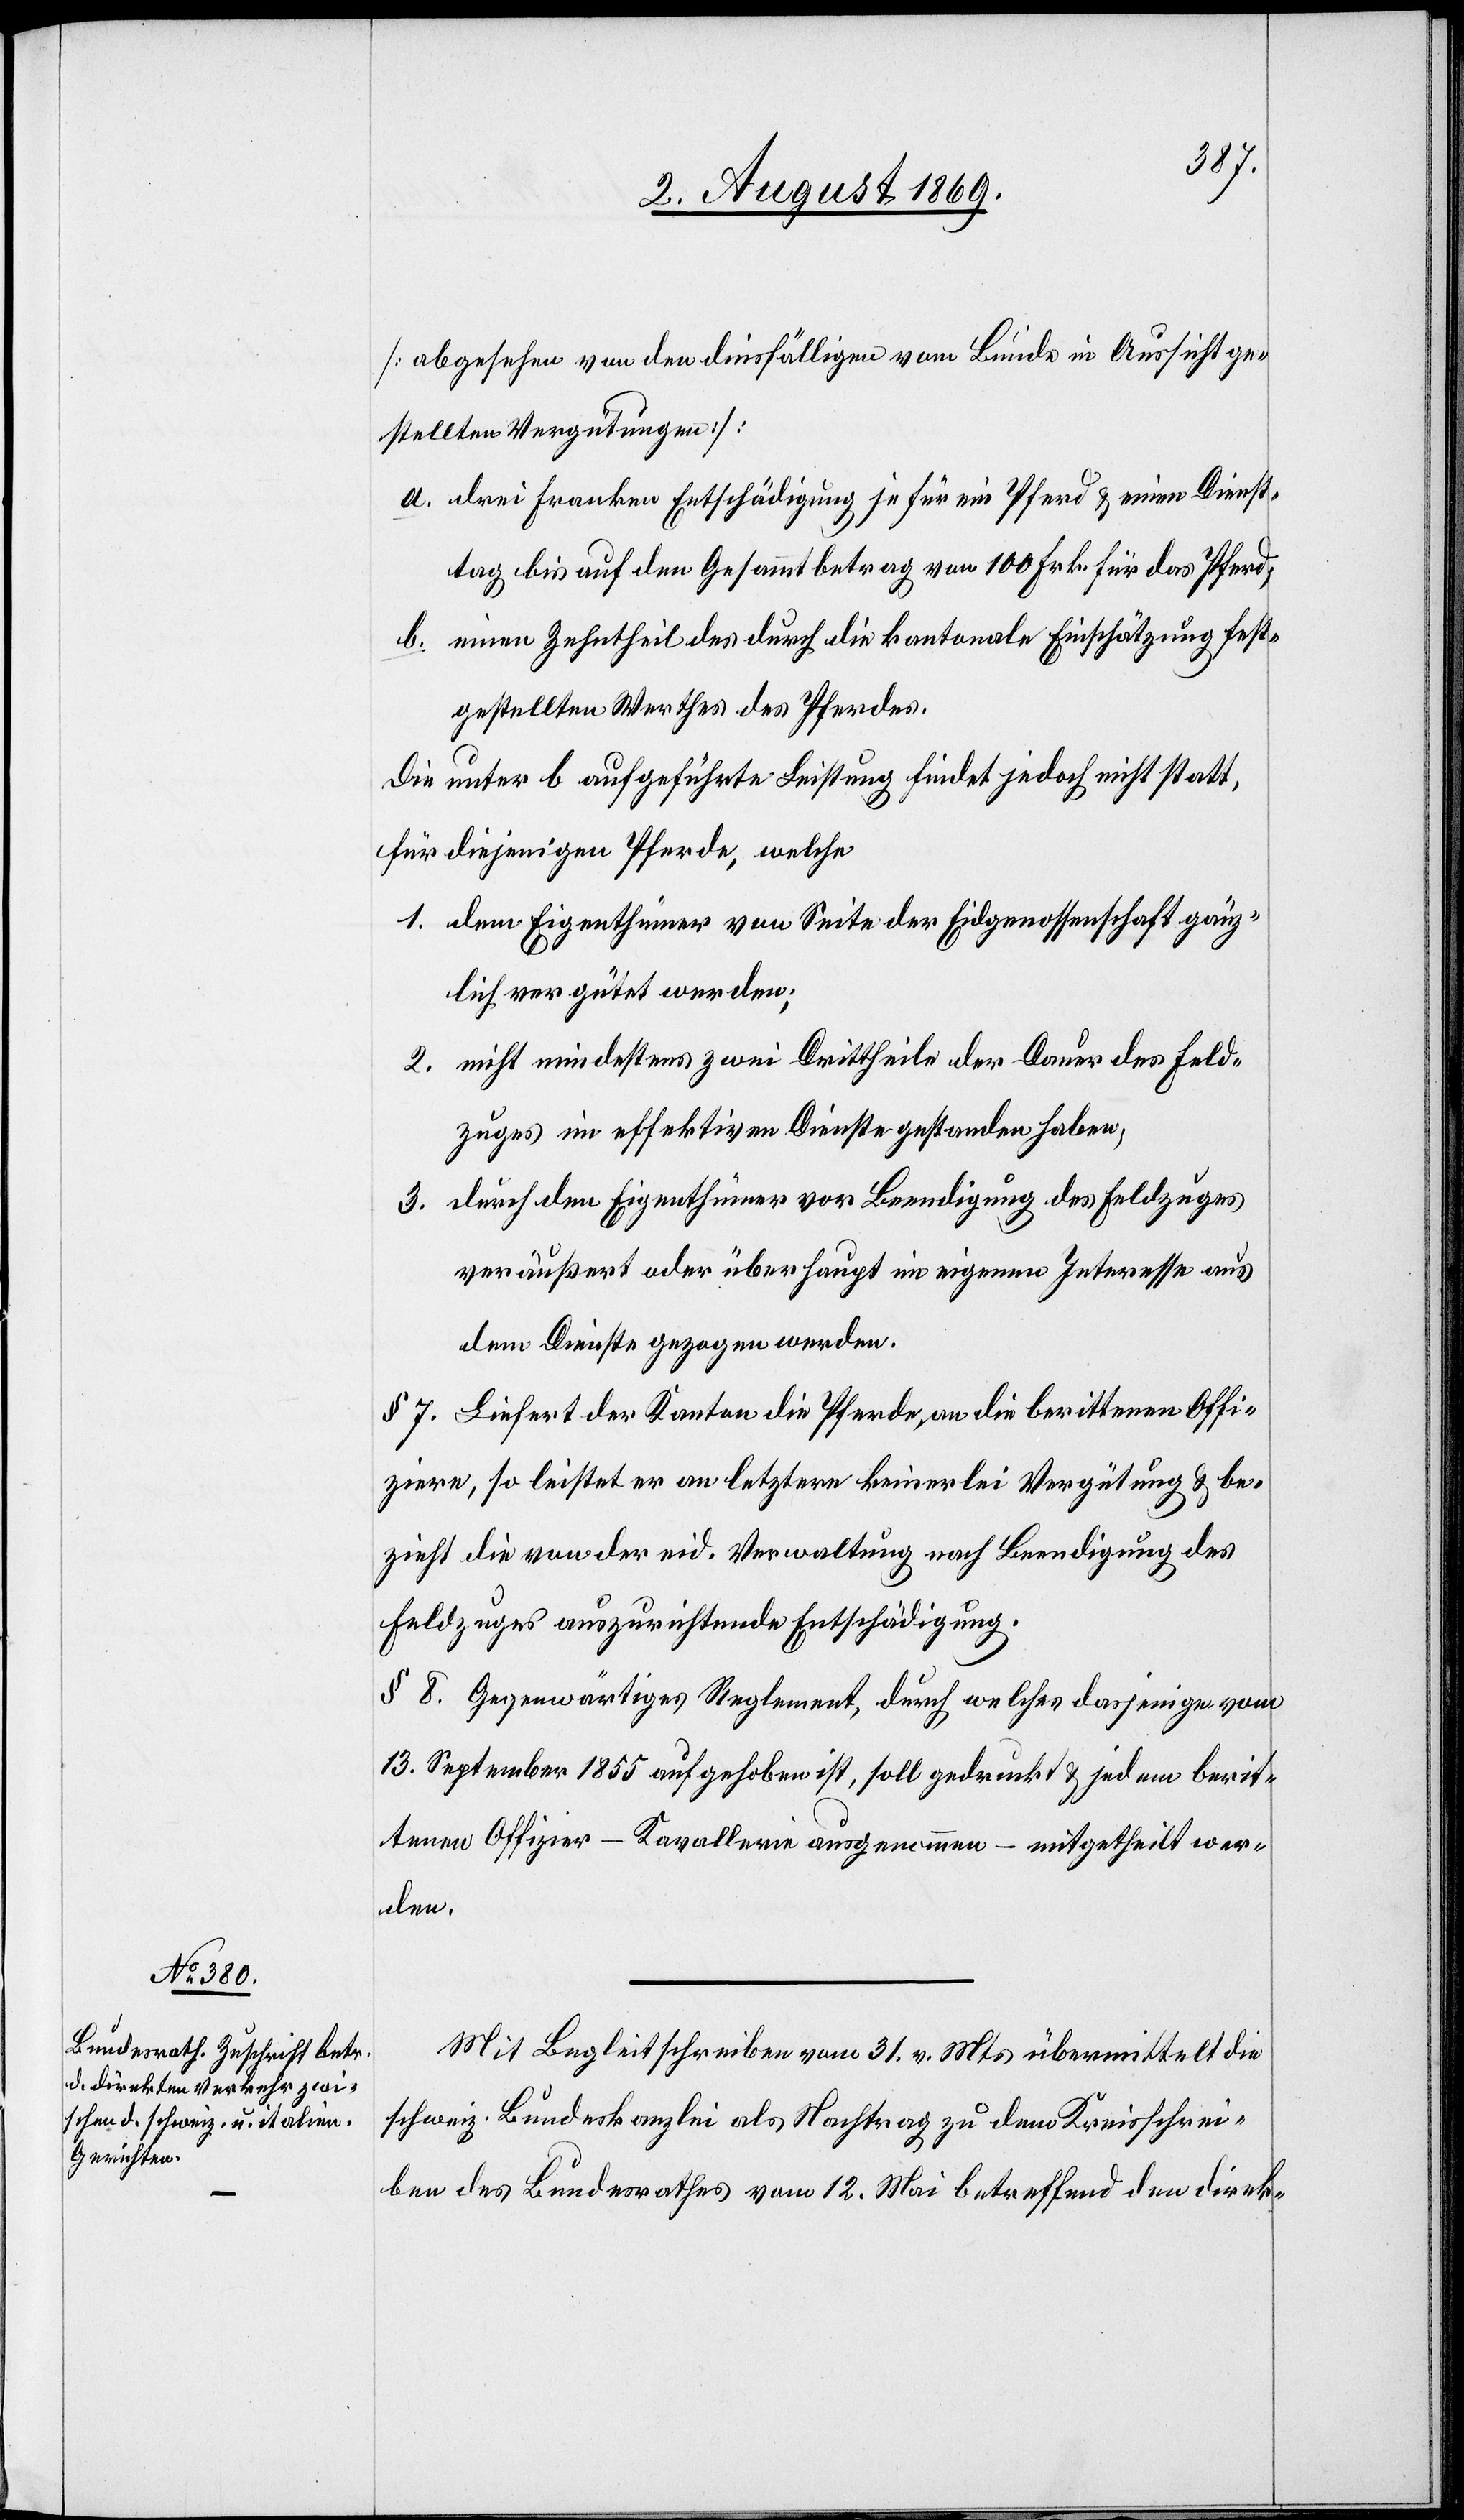
[abgesehen von den diesfälligen vom Bunde in Aussicht ge¬
stellten Vergütungen]:
a. drei Franken Entschädigung je für ein Pferd & einen Dienst¬
tag bis auf den Gesammtbetrag von 100 Frk. für das Pferd;
b. einen Zehntheil des durch die kantonale Einschätzung fest¬
gestellten Werthes des Pferdes.
Die unter b aufgeführte Leistung findet jedoch nicht statt,
für diejenigen Pferde, welche
1. dem Eigenthümer von Seite der Eidgenossenschaft gänz¬
lich vergütet werden;
2. nicht mindestens zwei Drittheile der Dauer des Feld¬
zuges im effektiven Dienste gestanden haben,
3. durch den Eigenthümer vor Beendigung des Feldzuges
veräußert oder überhaupt im eigenen Interesse aus
dem Dienste gezogen werden.
§ 7. Liefert der Kanton die Pferde, an die berittenen Offi¬
ziere, so leistet er an letztere keinerlei Vergütung & be¬
zieht die von der eid. Verwaltung nach Beendigung des
Feldzuges auszurichtende Entschädigung.
§ 8. Gegenwärtiges Reglement, durch welches dasjenige vom
13 September 1855 aufgehoben ist, soll gedruckt & jedem berit¬
tenen Offizier – Kavallerie ausgenommen – mitgetheilt wer¬
den.
Mit Begleitschreiben vom 31 v. Mts. übermittelt die
schweiz. Bundeskanzlei als Nachtrag zu dem Kreisschrei¬
ben des Bundesrathes vom 12 Mai betreffend den direk-